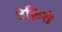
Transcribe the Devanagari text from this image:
टेक्निशे